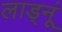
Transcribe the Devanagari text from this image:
लाड्नूं